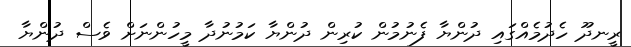
ރީނދޫ ހެދުމެއްގައި ދުންޔާ ފެނުމުން ކުރިން ދުންޔާ ކަމުނުދާ މީހުންނަށް ވެސް ދުންޔާ